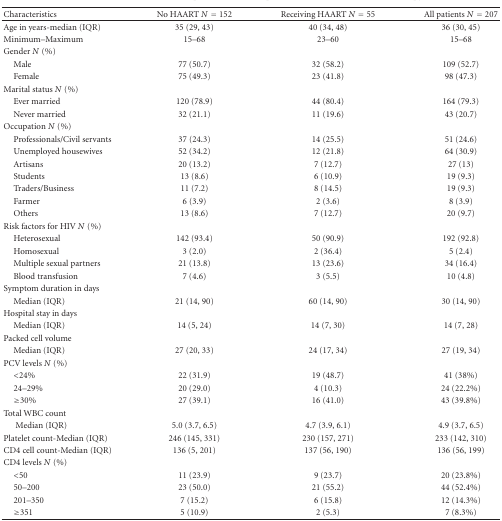
<table><thead><tr><td><b>Characteristics </b></td><td><b>No HAART <i>N</i> = 152</b></td><td><b>Receiving HAART <i>N</i> = 55</b></td><td><b>All patients <i>N</i> = 207</b></td></tr></thead><tbody><tr><td>Age in years-median (IQR)</td><td>35 (29, 43)</td><td>40 (34, 48)</td><td>36 (30, 45)</td></tr><tr><td>Minimum–Maximum</td><td>15–68</td><td>23–60</td><td>15–68</td></tr><tr><td>Gender <i>N</i> (%)</td><td> </td><td> </td><td> </td></tr><tr><td> Male </td><td>77 (50.7)</td><td>32 (58.2) </td><td>109 (52.7)</td></tr><tr><td> Female</td><td>75 (49.3)</td><td>23 (41.8)</td><td>98 (47.3)</td></tr><tr><td>Marital status <i>N</i> (%)</td><td> </td><td> </td><td> </td></tr><tr><td> Ever married </td><td>120 (78.9)</td><td>44 (80.4)</td><td>164 (79.3)</td></tr><tr><td> Never married</td><td>32 (21.1)</td><td>11 (19.6)</td><td>43 (20.7)</td></tr><tr><td>Occupation <i>N</i> (%)</td><td> </td><td> </td><td> </td></tr><tr><td> Professionals/Civil servants</td><td>37 (24.3)</td><td>14 (25.5)</td><td>51 (24.6)</td></tr><tr><td> Unemployed housewives</td><td>52 (34.2)</td><td>12 (21.8)</td><td>64 (30.9)</td></tr><tr><td> Artisans </td><td>20 (13.2)</td><td>7 (12.7)</td><td>27 (13)</td></tr><tr><td> Students </td><td>13 (8.6)</td><td>6 (10.9)</td><td>19 (9.3)</td></tr><tr><td> Traders/Business</td><td>11 (7.2)</td><td>8 (14.5)</td><td>19 (9.3)</td></tr><tr><td> Farmer </td><td>6 (3.9)</td><td>2 (3.6)</td><td>8 (3.9)</td></tr><tr><td> Others </td><td>13 (8.6)</td><td>7 (12.7)</td><td>20 (9.7)</td></tr><tr><td>Risk factors for HIV <i>N</i> (%)</td><td> </td><td> </td><td> </td></tr><tr><td> Heterosexual </td><td>142 (93.4)</td><td>50 (90.9) </td><td>192 (92.8) </td></tr><tr><td> Homosexual </td><td>3 (2.0) </td><td>2 (36.4) </td><td>5 (2.4) </td></tr><tr><td> Multiple sexual partners</td><td>21 (13.8) </td><td>13 (23.6) </td><td>34 (16.4) </td></tr><tr><td> Blood transfusion </td><td>7 (4.6) </td><td>3 (5.5) </td><td>10 (4.8) </td></tr><tr><td>Symptom duration in days</td><td> </td><td> </td><td> </td></tr><tr><td> Median (IQR)</td><td>21 (14, 90)</td><td>60 (14, 90)</td><td>30 (14, 90)</td></tr><tr><td>Hospital stay in days </td><td> </td><td> </td><td> </td></tr><tr><td> Median (IQR)</td><td>14 (5, 24)</td><td>14 (7, 30)</td><td>14 (7, 28)</td></tr><tr><td>Packed cell volume</td><td> </td><td> </td><td> </td></tr><tr><td> Median (IQR)</td><td>27 (20, 33)</td><td>24 (17, 34)</td><td>27 (19, 34)</td></tr><tr><td>PCV levels <i>N</i> (%)</td><td> </td><td> </td><td> </td></tr><tr><td> &lt;24% </td><td>22 (31.9)</td><td>19 (48.7)</td><td>41 (38%)</td></tr><tr><td> 24–29%</td><td>20 (29.0)</td><td>4 (10.3)</td><td>24 (22.2%)</td></tr><tr><td> ≥30%</td><td>27 (39.1)</td><td>16 (41.0)</td><td>43 (39.8%)</td></tr><tr><td>Total WBC count </td><td> </td><td> </td><td> </td></tr><tr><td>Median (IQR)</td><td>5.0 (3.7, 6.5)</td><td>4.7 (3.9, 6.1)</td><td>4.9 (3.7, 6.5)</td></tr><tr><td>Platelet count-Median (IQR)</td><td>246 (145, 331)</td><td>230 (157, 271)</td><td>233 (142, 310)</td></tr><tr><td>CD4 cell count-Median (IQR)</td><td>136 (5, 201)</td><td>137 (56, 190)</td><td>136 (56, 199)</td></tr><tr><td>CD4 levels <i>N</i> (%)</td><td> </td><td> </td><td> </td></tr><tr><td> &lt;50</td><td>11 (23.9)</td><td>9 (23.7)</td><td>20 (23.8%)</td></tr><tr><td> 50–200</td><td>23 (50.0)</td><td>21 (55.2)</td><td>44 (52.4%)</td></tr><tr><td> 201–350</td><td>7 (15.2)</td><td>6 (15.8)</td><td>12 (14.3%)</td></tr><tr><td> ≥351</td><td>5 (10.9)</td><td>2 (5.3)</td><td>7 (8.3%)</td></tr></tbody></table>